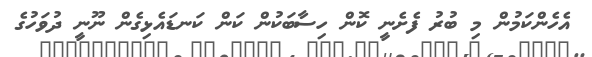
އެހެންކަމުން މި ބުރު ފެށެނީ ކޮން ހިސާބަކުން ކަން ކަނޑައެޅިގެން ނޫނީ ދުވަހުގެ